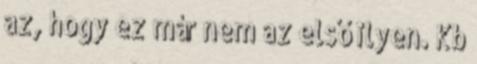
az, hogy ez már nem az első ilyen. Kb